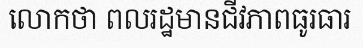
លោកថា ពលរដ្ឋមានជីវភាពធូរធារ